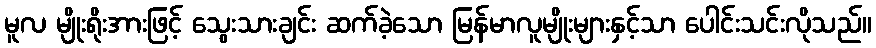
မူလ မျိုးရိုးအားဖြင့် သွေးသားချင်း ဆက်ခဲ့သော မြန်မာလူမျိုးများနှင့်သာ ပေါင်းသင်းလိုသည်။